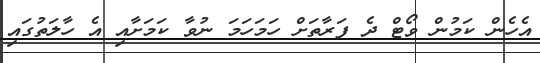
އެހެން ކަމުން ވޯޓް ދެ ފަރާތަށް ހަމަހަމަ ނުވާ ކަމަށާއި އެ ހާލަތުގައި